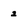
Character: 2